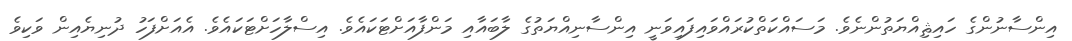
އިންސާނުންގެ ހައިޘިއްޔަތުންނެވެ. މަސައްކަތްކުރައްވައިފައިވަނީ އިންސާނިއްޔަތުގެ ލާބައާއި މަންފާއަށްޓަކައެވެ. އިސްލާހަށްޓަކައެވެ. އެއަށްފަހު ދުނިޔެއިން ވަކިވެ